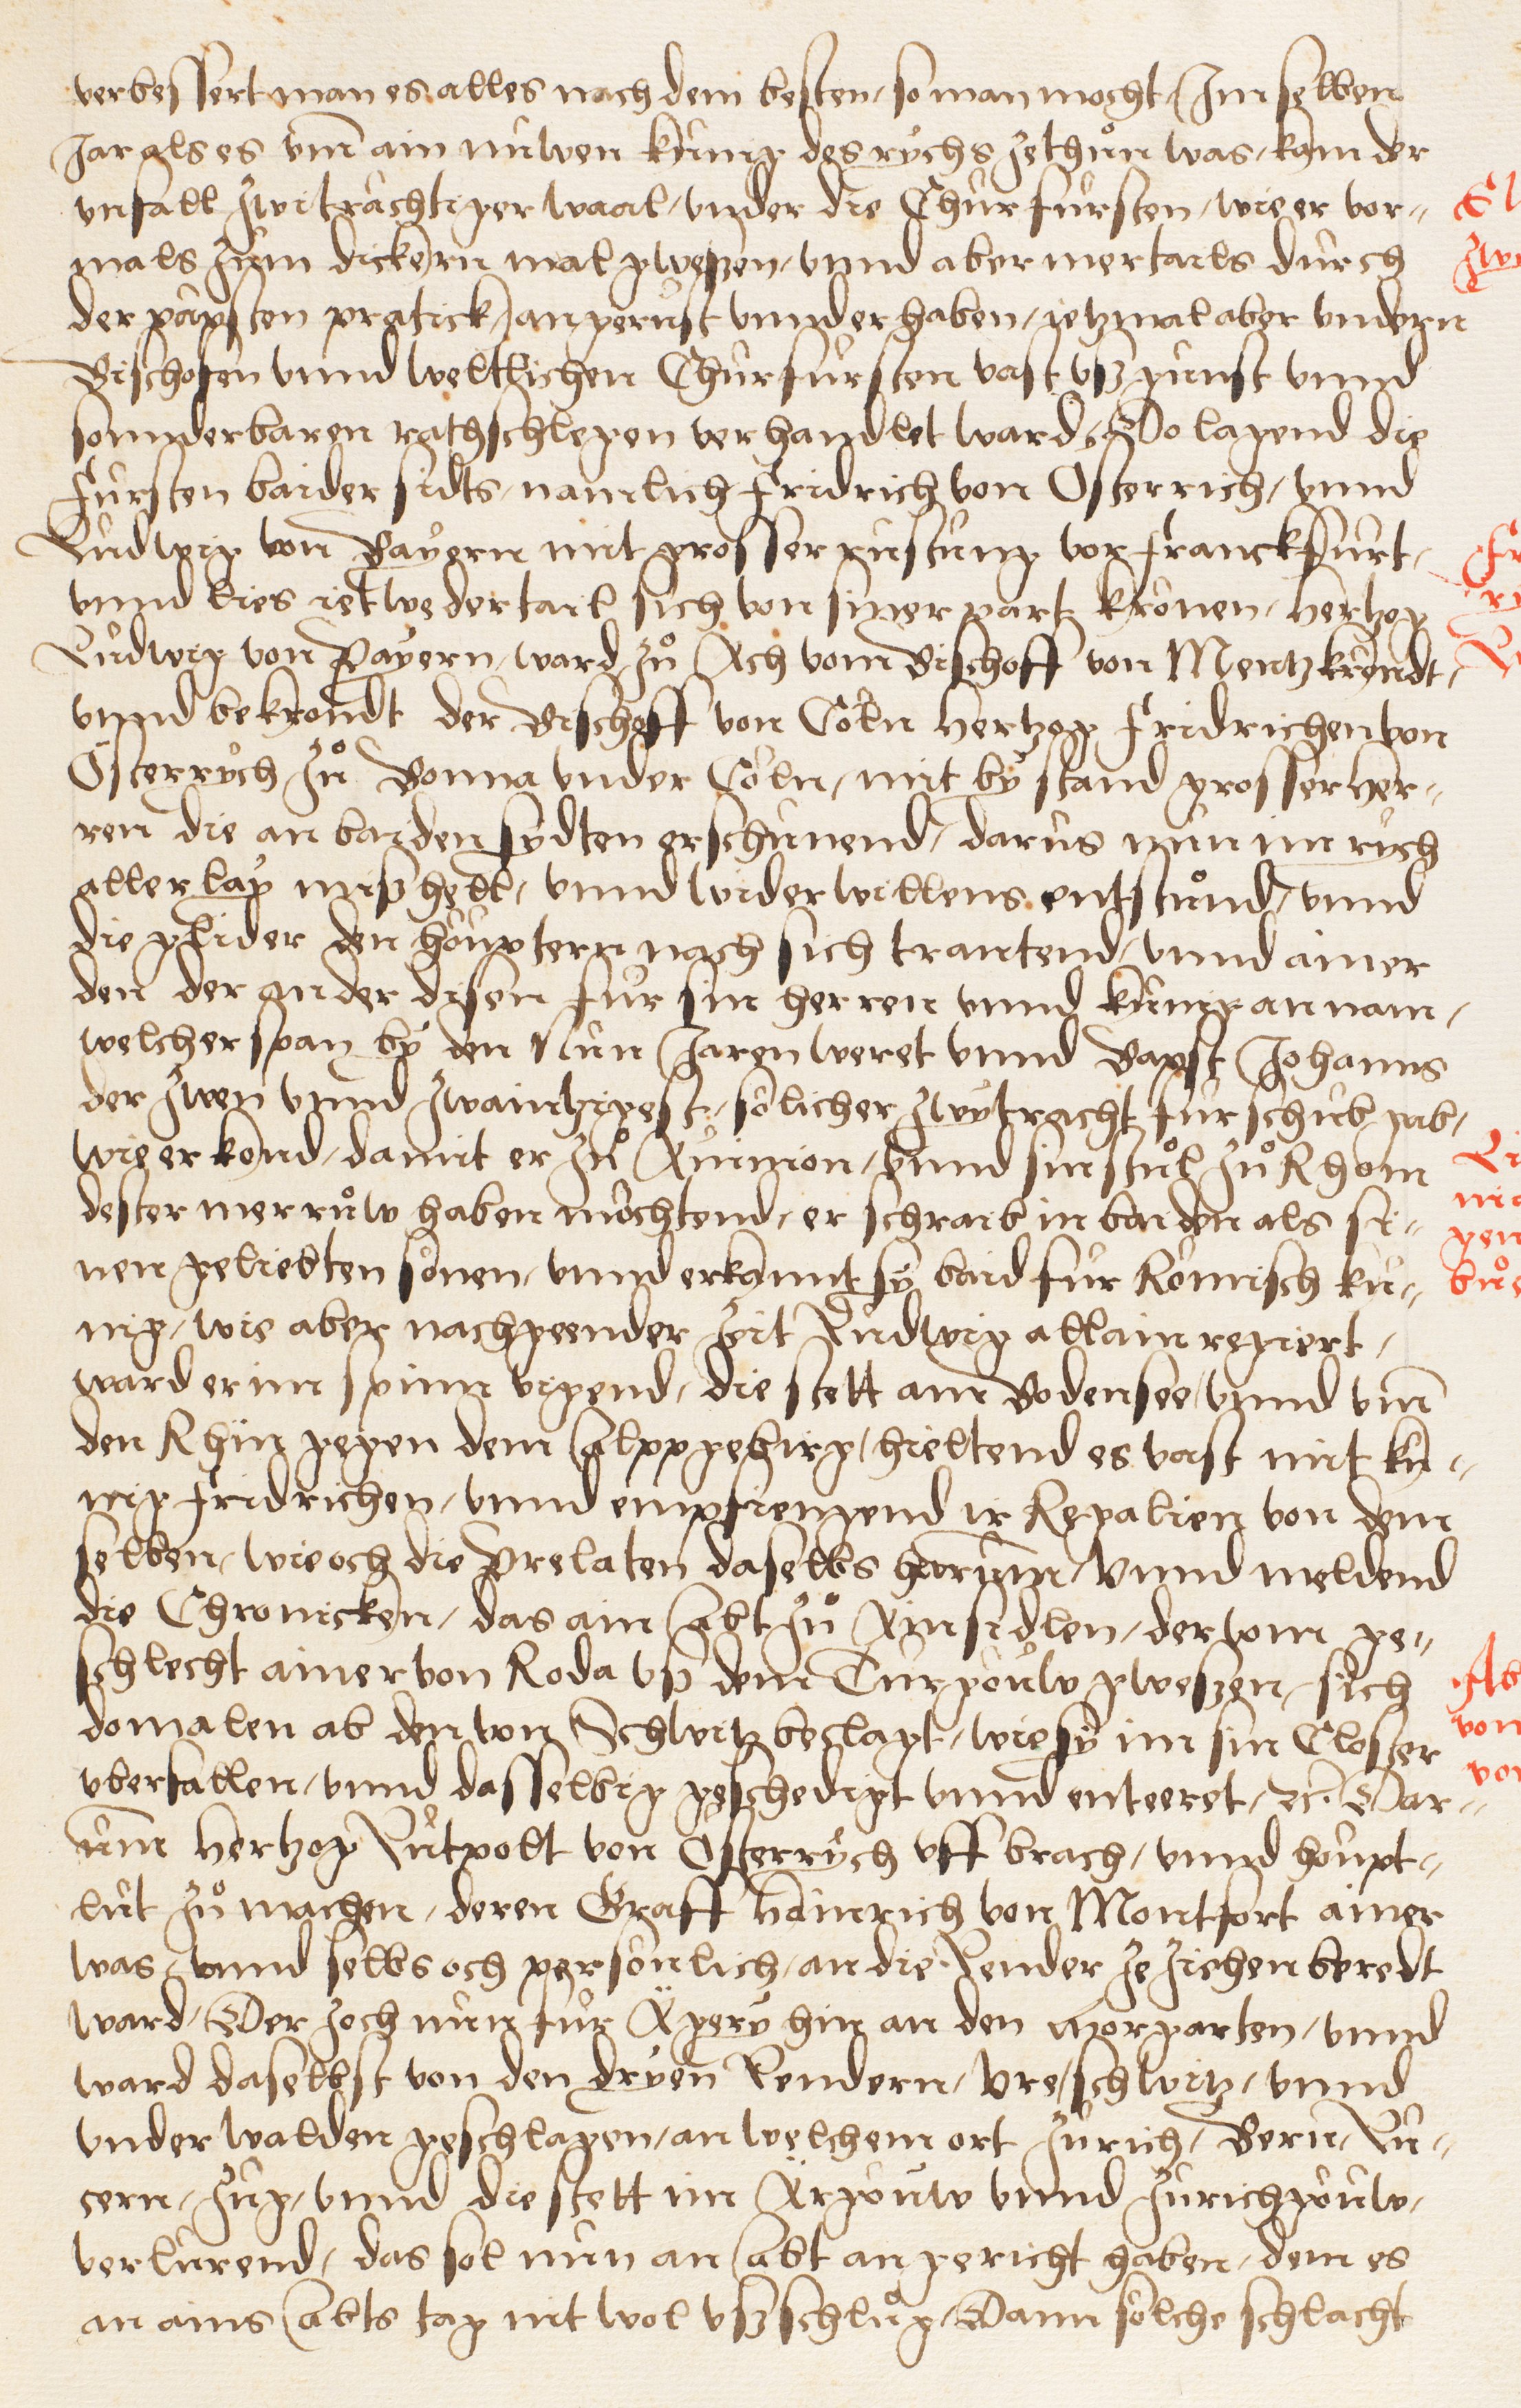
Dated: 1549–1549